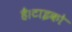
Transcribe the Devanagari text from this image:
है।टाइको